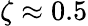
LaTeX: \zeta\approx 0.5